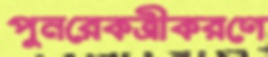
পুনরেকত্রীকরণে